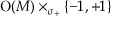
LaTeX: \operatorname { O } ( M ) \times _ { \sigma _ { + } } \{ - 1 , + 1 \}